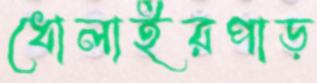
ধোলাইরপাড়